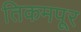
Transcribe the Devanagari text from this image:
तिकमपूर